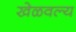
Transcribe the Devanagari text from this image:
खेळवल्य